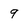
Character: 9